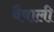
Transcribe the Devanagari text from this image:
वैषाली